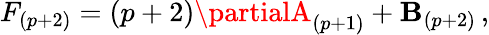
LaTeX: F_{(p+2)}=(p+2)\partialA_{(p+1)}+\mathbf{B}_{(p+2)}\, ,